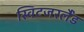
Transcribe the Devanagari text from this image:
स्विटजरर्लैंड